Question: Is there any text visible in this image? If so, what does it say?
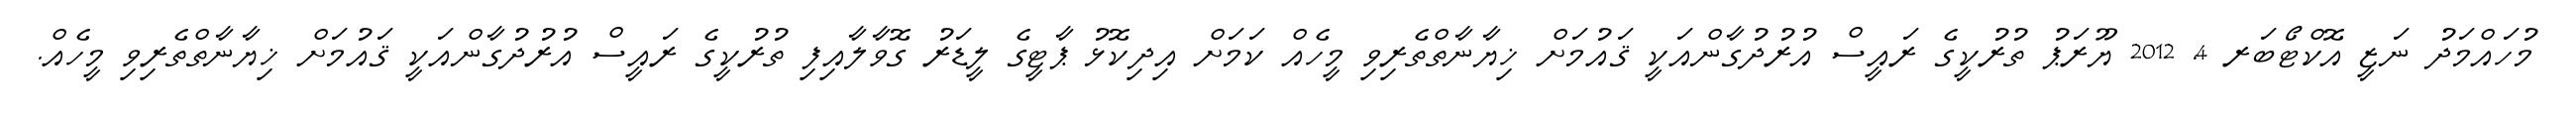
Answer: މުހައްމަދު ނަޒީ އޮކްޓޯބަރ 4, 2012 ޔޫރަޕު ތުރުކީގެ ރައީސް އުރުދުގާންއަކީ ޤައުމަށް ޚިޔާނާތްތެރިވި މީހެއް ކަމަށް އިދިކޮޅު ޕާޓީގެ ލީޑަރު ގޮވާލާއިފި ތުރުކީގެ ރައީސް އުރުދުގާންއަކީ ޤައުމަށް ޚިޔާނާތްތެރިވި މީހެއް.